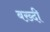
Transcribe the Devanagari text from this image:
बख़्दी